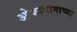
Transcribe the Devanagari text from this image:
ओकायामाच्या